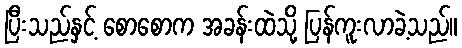
ပြီးသည်နှင့် စောစောက အခန်းထဲသို့ ပြန်ကူးလာခဲ့သည်။